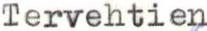
Tervehtien